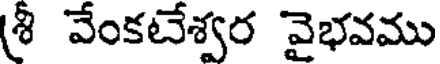
(శీ వేంకటేశ్వర వైభవము